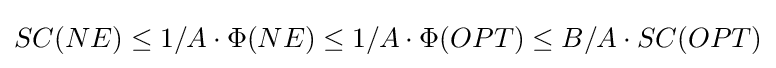
SC(NE)\leq 1/A\cdot \Phi (NE)\leq 1/A\cdot \Phi (OPT)\leq B/A\cdot SC(OPT)